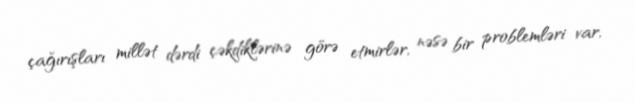
çağırışları millət dərdi çəkdiklərinə görə etmirlər, nəsə bir problemləri var,